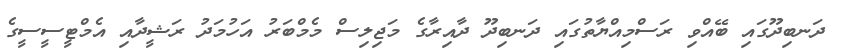
ދަނބިދޫގައި ބޭއްވި ރަސްމިއްޔާތުގައި ދަނބިދޫ ދާއިރާގެ މަޖިލިސް މެމްބަރު އަހުމަދު ރަޝީދާއި އެމްޓީސީސީގެ